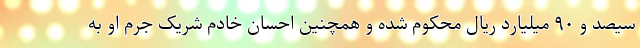
سیصد و ۹۰ میلیارد ریال محکوم شده و همچنین احسان خادم شریک جرم او به